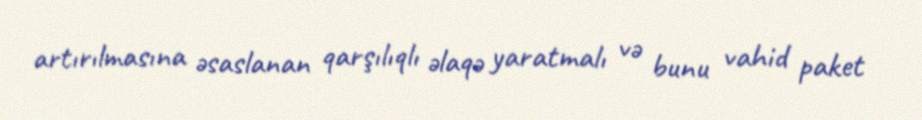
artırılmasına əsaslanan qarşılıqlı əlaqə yaratmalı və bunu vahid paket